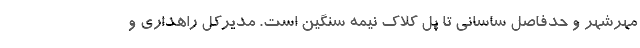
مهرشهر و حدفاصل ساسانی تا پل کلاک نیمه سنگین است. مدیرکل راهداری و